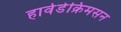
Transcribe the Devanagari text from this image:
हार्वर्डक्रिमसन